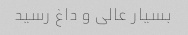
بسیار عالی و داغ رسید